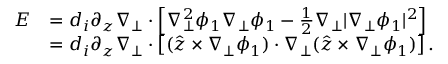
\begin{array} { r l } { E } & { = d _ { i } \partial _ { z } \nabla _ { \perp } \cdot \left[ \nabla _ { \perp } ^ { 2 } \phi _ { 1 } \nabla _ { \perp } \phi _ { 1 } - \frac { 1 } { 2 } \nabla _ { \perp } | \nabla _ { \perp } \phi _ { 1 } | ^ { 2 } \right] } \\ & { = d _ { i } \partial _ { z } \nabla _ { \perp } \cdot \left[ ( \hat { \boldsymbol { z } } \times \nabla _ { \perp } \phi _ { 1 } ) \cdot \nabla _ { \perp } ( \hat { \boldsymbol { z } } \times \nabla _ { \perp } \phi _ { 1 } ) \right] . } \end{array}